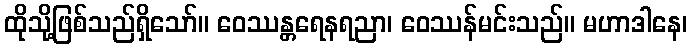
ထိုသို့ဖြစ်သည်ရှိသော်။ ဝေဿန္တရေနရညာ၊ ဝေဿန်မင်းသည်။ မဟာဒါနေ၊